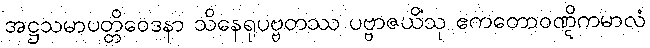
အဋ္ဌသမာပတ္တိဝေဒနာ သိနေရုပဗ္ဗတဿ ပဗ္ဗာဇယိံသု ဧကတောဝဏ္ဋိကမာလံ